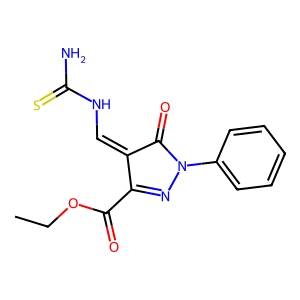
SMILES: CCOC(=O)C1=NN(c2ccccc2)C(=O)C1=CNC(N)=S
Inhibits HIV replication: No